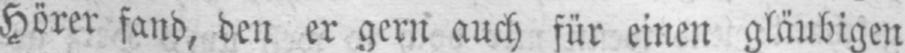
Hörer fand, den er gern auch für einen gläubigen